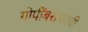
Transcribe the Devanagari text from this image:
गोपींबरोबरची